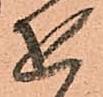
を